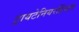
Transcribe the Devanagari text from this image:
ट्रायटेनियरहिंचस